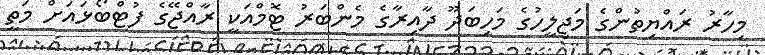
މިހާރު ރައްޔިތުންގެ މަޖިލީހުގެ މަހިބަދޫ ދާއިރާގެ މެންބަރު ޓޮމްއަކީ ރާއްޖޭގެ ފުޓްބޯޅައަށް މަތީ